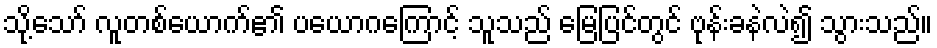
သို့သော် လူတစ်ယောက်၏ ပယောဂကြောင့် သူသည် မြေပြင်တွင် ဗုန်းခနဲလဲ၍ သွားသည်။